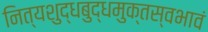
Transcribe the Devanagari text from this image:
नित्यशुद्धबुद्धमुक्तस्वभावं